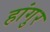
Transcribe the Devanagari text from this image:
हांगुर